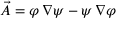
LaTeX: { \vec { A } } = \varphi \, \nabla \psi - \psi \, \nabla \varphi